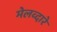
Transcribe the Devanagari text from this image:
मेलव्दारे